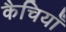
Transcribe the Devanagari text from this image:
कैचियाँ